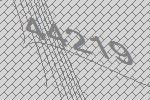
44219